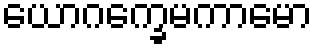
ယောဂက္ခေမကာမော